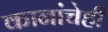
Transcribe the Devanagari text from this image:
कानांचेही